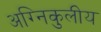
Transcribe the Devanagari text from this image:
अग्निकुलीय